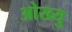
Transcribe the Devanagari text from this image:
ओख्यु